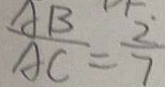
\frac { A B } { A C } = \frac { \dot { 2 } } { 7 }